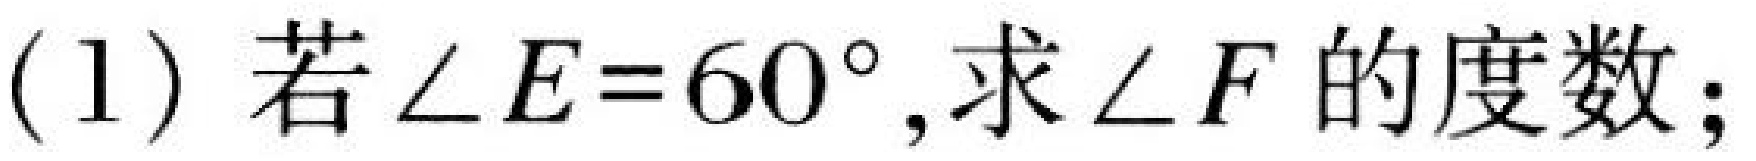
(1) 若\(\angle E = 60^{\circ}\),求\(\angle F\)的度数;